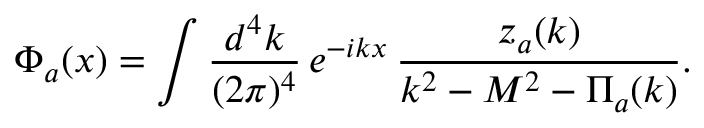
\Phi _ { a } ( x ) = \int \frac { d ^ { 4 } k } { ( 2 \pi ) ^ { 4 } } \, e ^ { - i k x } \, \frac { z _ { a } ( k ) } { k ^ { 2 } - M ^ { 2 } - \Pi _ { a } ( k ) } .